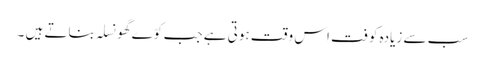
سب سے زیادہ کوفت اس وقت ہوتی ہے جب کوّے گھونسلہ بناتے ہیں ۔